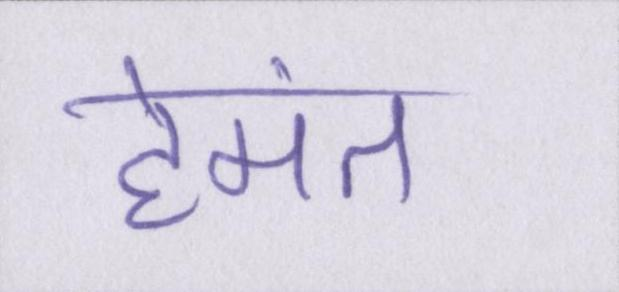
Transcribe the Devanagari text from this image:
हेमंत